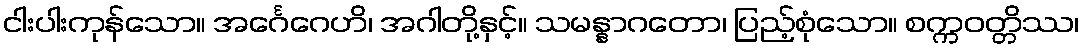
ငါးပါးကုန်သော။ အင်္ဂေဂေဟိ၊ အဂါတို့နှင့်။ သမန္နာဂတော၊ ပြည့်စုံသော။ စက္ကဝတ္တိဿ၊